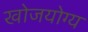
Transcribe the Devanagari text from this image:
खोजयोग्य